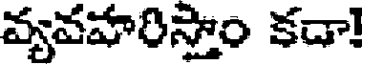
వ్యవహరిస్తాం కదా!